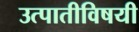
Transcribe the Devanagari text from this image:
उत्पातीविषयी